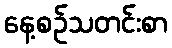
နေ့စဉ်သတင်းစာ